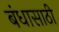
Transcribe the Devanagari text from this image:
बंधासाठी